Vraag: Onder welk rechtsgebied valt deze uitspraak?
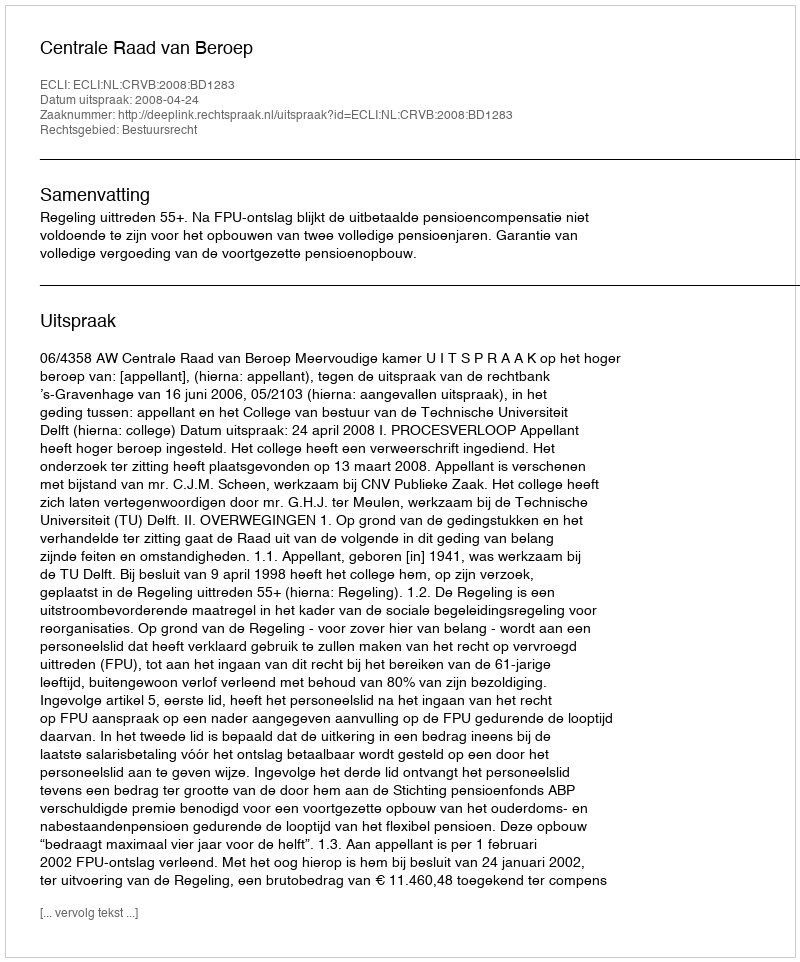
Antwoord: Bestuursrecht